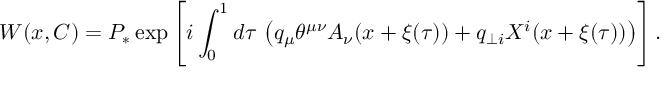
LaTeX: W ( x , C ) = P _ { \ast } \exp \left[ i \int _ { 0 } ^ { 1 } d \tau \, \left( q _ { \mu } \theta ^ { \mu \nu } A _ { \nu } ( x + \xi ( \tau ) ) + q _ { \perp i } X ^ { i } ( x + \xi ( \tau ) ) \right) \right] .